画像に写った文字を読んでください
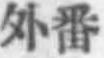
「外番」と書いてあります